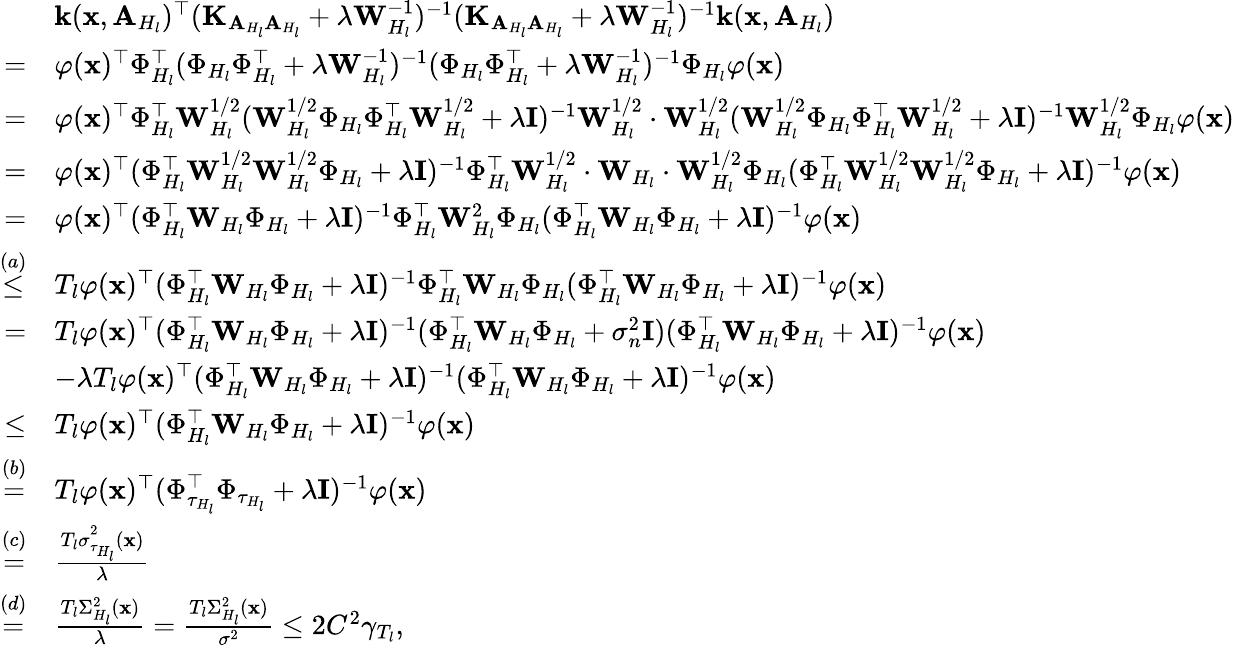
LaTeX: \begin{array}{rl}&{\mathbf{k}(\mathbf{x},\mathbf{A}_{H_{l}})^{\top}(\mathbf{K}_{\mathbf{A}_{H_{l}}\mathbf{A}_{H_{l}}}+\lambda\mathbf{W}_{H_{l}}^{-1})^{-1}(\mathbf{K}_{\mathbf{A}_{H_{l}}\mathbf{A}_{H_{l}}}+\lambda\mathbf{W}_{H_{l}}^{-1})^{-1}\mathbf{k}(\mathbf{x},\mathbf{A}_{H_{l}})}\\ {=}&{\varphi(\mathbf{x})^{\top}\Phi_{H_{l}}^{\top}(\Phi_{H_{l}}\Phi_{H_{l}}^{\top}+\lambda\mathbf{W}_{H_{l}}^{-1})^{-1}(\Phi_{H_{l}}\Phi_{H_{l}}^{\top}+\lambda\mathbf{W}_{H_{l}}^{-1})^{-1}\Phi_{H_{l}}\varphi(\mathbf{x})}\\ {=}&{\varphi(\mathbf{x})^{\top}\Phi_{H_{l}}^{\top}\mathbf{W}_{H_{l}}^{1/2}(\mathbf{W}_{H_{l}}^{1/2}\Phi_{H_{l}}\Phi_{H_{l}}^{\top}\mathbf{W}_{H_{l}}^{1/2}+\lambda\mathbf{I})^{-1}\mathbf{W}_{H_{l}}^{1/2}\cdot\mathbf{W}_{H_{l}}^{1/2}(\mathbf{W}_{H_{l}}^{1/2}\Phi_{H_{l}}\Phi_{H_{l}}^{\top}\mathbf{W}_{H_{l}}^{1/2}+\lambda\mathbf{I})^{-1}\mathbf{W}_{H_{l}}^{1/2}\Phi_{H_{l}}\varphi(\mathbf{x})}\\ {=}&{\varphi(\mathbf{x})^{\top}(\Phi_{H_{l}}^{\top}\mathbf{W}_{H_{l}}^{1/2}\mathbf{W}_{H_{l}}^{1/2}\Phi_{H_{l}}+\lambda\mathbf{I})^{-1}\Phi_{H_{l}}^{\top}\mathbf{W}_{H_{l}}^{1/2}\cdot\mathbf{W}_{H_{l}}\cdot\mathbf{W}_{H_{l}}^{1/2}\Phi_{H_{l}}(\Phi_{H_{l}}^{\top}\mathbf{W}_{H_{l}}^{1/2}\mathbf{W}_{H_{l}}^{1/2}\Phi_{H_{l}}+\lambda\mathbf{I})^{-1}\varphi(\mathbf{x})}\\ {=}&{\varphi(\mathbf{x})^{\top}(\Phi_{H_{l}}^{\top}\mathbf{W}_{H_{l}}\Phi_{H_{l}}+\lambda\mathbf{I})^{-1}\Phi_{H_{l}}^{\top}\mathbf{W}_{H_{l}}^{2}\Phi_{H_{l}}(\Phi_{H_{l}}^{\top}\mathbf{W}_{H_{l}}\Phi_{H_{l}}+\lambda\mathbf{I})^{-1}\varphi(\mathbf{x})}\\ {\overset{(a)}{\leq}}&{T_{l}\varphi(\mathbf{x})^{\top}(\Phi_{H_{l}}^{\top}\mathbf{W}_{H_{l}}\Phi_{H_{l}}+\lambda\mathbf{I})^{-1}\Phi_{H_{l}}^{\top}\mathbf{W}_{H_{l}}\Phi_{H_{l}}(\Phi_{H_{l}}^{\top}\mathbf{W}_{H_{l}}\Phi_{H_{l}}+\lambda\mathbf{I})^{-1}\varphi(\mathbf{x})}\\ {=}&{T_{l}\varphi(\mathbf{x})^{\top}(\Phi_{H_{l}}^{\top}\mathbf{W}_{H_{l}}\Phi_{H_{l}}+\lambda\mathbf{I})^{-1}(\Phi_{H_{l}}^{\top}\mathbf{W}_{H_{l}}\Phi_{H_{l}}+\sigma_{n}^{2}\mathbf{I})(\Phi_{H_{l}}^{\top}\mathbf{W}_{H_{l}}\Phi_{H_{l}}+\lambda\mathbf{I})^{-1}\varphi(\mathbf{x})}\\ &{-\lambda T_{l}\varphi(\mathbf{x})^{\top}(\Phi_{H_{l}}^{\top}\mathbf{W}_{H_{l}}\Phi_{H_{l}}+\lambda\mathbf{I})^{-1}(\Phi_{H_{l}}^{\top}\mathbf{W}_{H_{l}}\Phi_{H_{l}}+\lambda\mathbf{I})^{-1}\varphi(\mathbf{x})}\\ {\leq}&{T_{l}\varphi(\mathbf{x})^{\top}(\Phi_{H_{l}}^{\top}\mathbf{W}_{H_{l}}\Phi_{H_{l}}+\lambda\mathbf{I})^{-1}\varphi(\mathbf{x})}\\ {\overset{(b)}{=}}&{T_{l}\varphi(\mathbf{x})^{\top}(\Phi_{\tau_{H_{l}}}^{\top}\Phi_{\tau_{H_{l}}}+\lambda\mathbf{I})^{-1}\varphi(\mathbf{x})}\\ {\overset{(c)}{=}}&{\frac{T_{l}\sigma_{\tau_{H_{l}}}^{2}(\mathbf{x})}{\lambda}}\\ {\overset{(d)}{=}}&{\frac{T_{l}\Sigma_{H_{l}}^{2}(\mathbf{x})}{\lambda}=\frac{T_{l}\Sigma_{H_{l}}^{2}(\mathbf{x})}{\sigma^{2}}\leq 2C^{2}\gamma_{T_{l}},}\end{array}